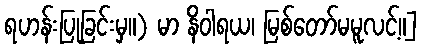
ရဟန်းပြုခြင်းမှ။) မာ နိဝါရယ၊ မြစ်တော်မမူလင့်။]